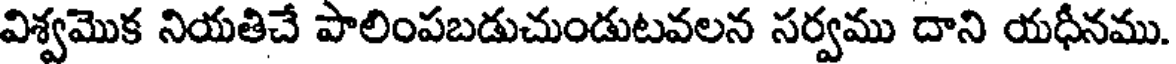
విశ్వమొక నియతిచే పాలింపబడుచుండుటవలన సర్వము దాని యధీనము.